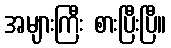
အများကြီး စားပြီးပြီ။